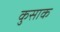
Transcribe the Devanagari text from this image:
कुसाक